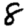
Digit: 8